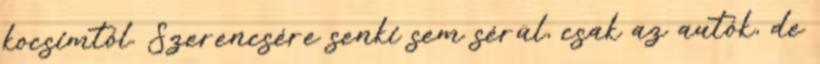
kocsimtól. Szerencsére senki sem sérül, csak az autók, de